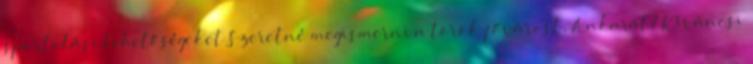
sportolási lehetőségeket Szeretné megismerni a török fővárost, Ankarát? Kíváncsi